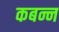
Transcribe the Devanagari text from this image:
कबन्न